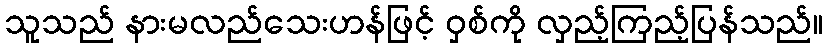
သူသည် နားမလည်သေးဟန်ဖြင့် ဝှစ်ကို လှည့်ကြည့်ပြန်သည်။